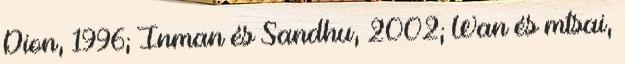
Dion, 1996; Inman és Sandhu, 2002; Wan és mtsai,